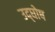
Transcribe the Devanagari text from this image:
उद्‌घोष